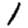
Digit: 1